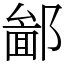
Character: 𨝣